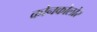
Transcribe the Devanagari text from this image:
कोनकोलोर